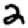
Digit: 2